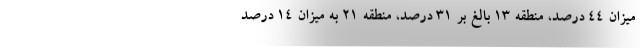
میزان ۴۴ درصد، منطقه ۱۳ بالغ بر ۳۱ درصد، منطقه ۲۱ به میزان ۱۴ درصد